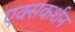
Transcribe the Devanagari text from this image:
एक्सकर्शन